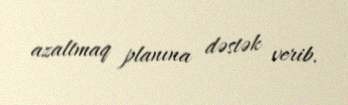
azaltmaq planına dəstək verib.